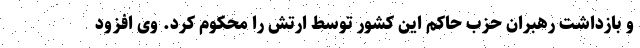
و بازداشت رهبران حزب حاکم این کشور توسط ارتش را محکوم کرد. وی افزود